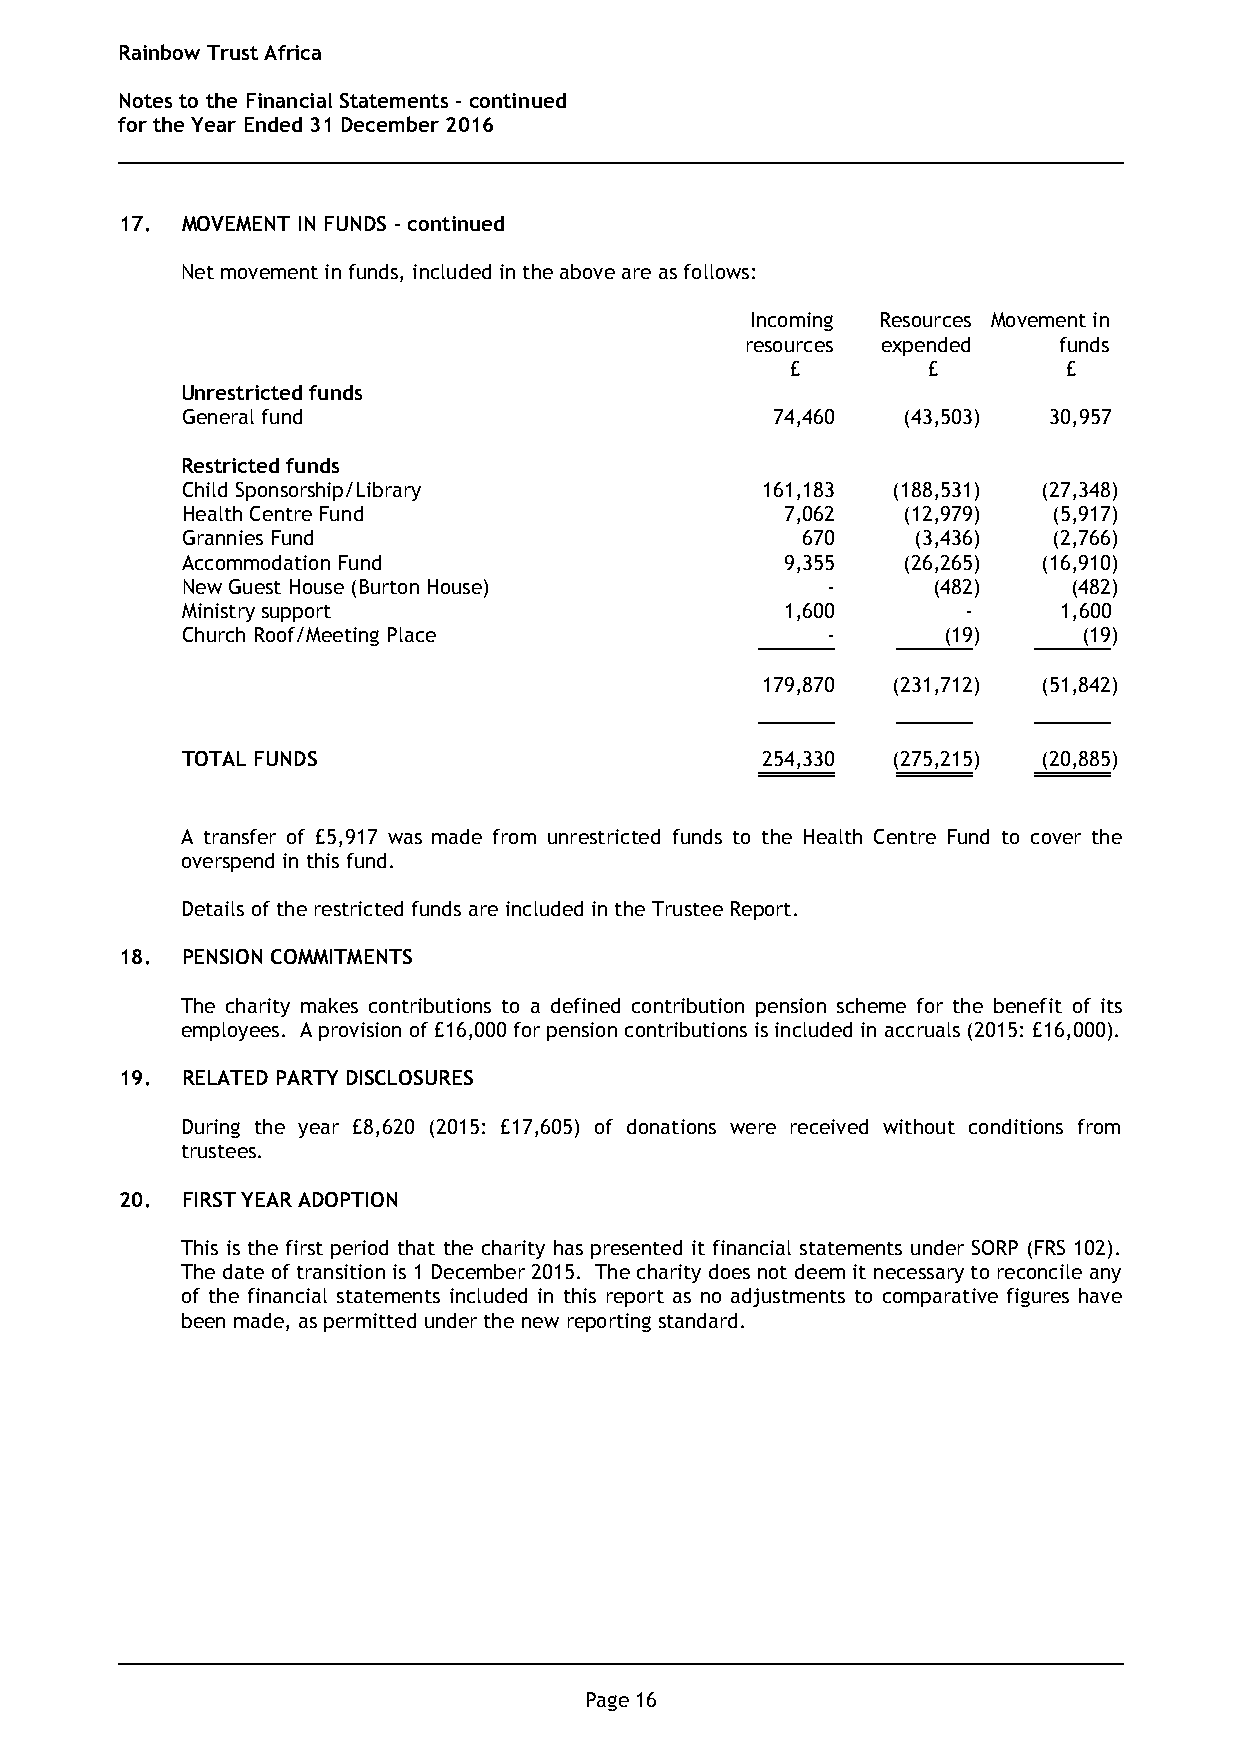
Rainbow Trust Africa
 Notes to the Financial Statements - continued
 for the Year Ended 31 December 2016
 17. MOVEMENT IN FUNDS - continued
 Net movement in funds, included in the above are as follows:
 Incoming Resources Movement in
 resources expended   funds
 £        £         £
 Unrestricted funds
 General fund                           74,460   (43,503) 30,957
 Restricted funds
 Child Sponsorship/Library             161,183  (188,531) (27,348)
 Health Centre Fund                      7,062   (12,979)  (5,917)
 Grannies Fund                            670    (3,436)   (2,766)
 Accommodation Fund                      9,355   (26,265) (16,910)
 New Guest House (Burton House)             -      (482)    (482)
 Ministry support                        1,600       -     1,600
 Church Roof/Meeting Place                  -      (19)      (19)
 179,870  (231,712) (51,842)
 TOTAL FUNDS                           254,330  (275,215) (20,885)
 A transfer of £5,917 was made from unrestricted funds to the Health Centre Fund to cover the
 overspend in this fund.
 Details of the restricted funds are included in the Trustee Report.
 18. PENSION COMMITMENTS
 The charity makes contributions to a defined contribution pension scheme for the benefit of its
 employees. A provision of £16,000 for pension contributions is included in accruals (2015: £16,000).
 19. RELATED PARTY DISCLOSURES
 During the year £8,620 (2015: £17,605) of donations were received without conditions from
 trustees.
 20. FIRST YEAR ADOPTION
 This is the first period that the charity has presented it financial statements under SORP (FRS 102).
 The date of transition is 1 December 2015. The charity does not deem it necessary to reconcile any
 of the financial statements included in this report as no adjustments to comparative figures have
 been made, as permitted under the new reporting standard.
 Page 16